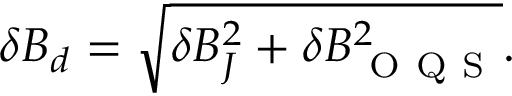
\begin{array} { r } { \delta B _ { d } = \sqrt { \delta B _ { J } ^ { 2 } + \delta B _ { \mathrm { ~ O ~ Q ~ S ~ } } ^ { 2 } } . } \end{array}